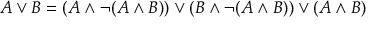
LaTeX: A \lor B = ( A \land \neg ( A \land B ) ) \lor ( B \land \neg ( A \land B ) ) \lor ( A \land B )